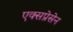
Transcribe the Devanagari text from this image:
एक्सप्रेसेन